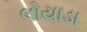
લોયાડા